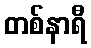
တစ်နာရီ